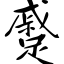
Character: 蹙